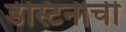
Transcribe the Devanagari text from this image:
डेस्टिनीची